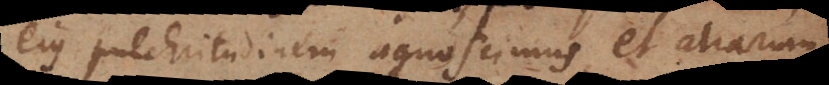
ejus pulchritudinem agnoscimus, et aliarum